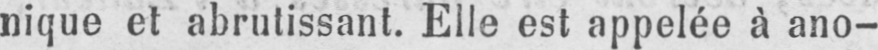
nique et abrutissant. Elle est appelée à ano-